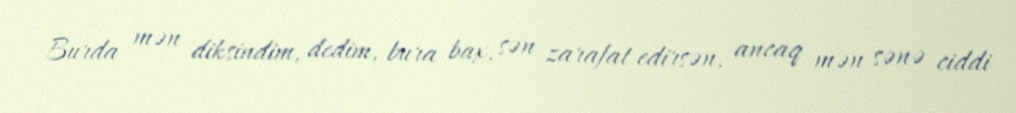
Burda mən diksindim, dedim, bura bax, sən zarafat edirsən, ancaq mən sənə ciddi